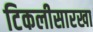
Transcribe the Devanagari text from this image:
टिकलीसारखा